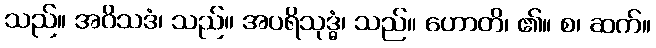
သည်။ အဝိသဒံ၊ သည်။ အပရိသုဒ္ဓံ၊ သည်။ ဟောတိ၊ ၏။ စ၊ ဆက်။